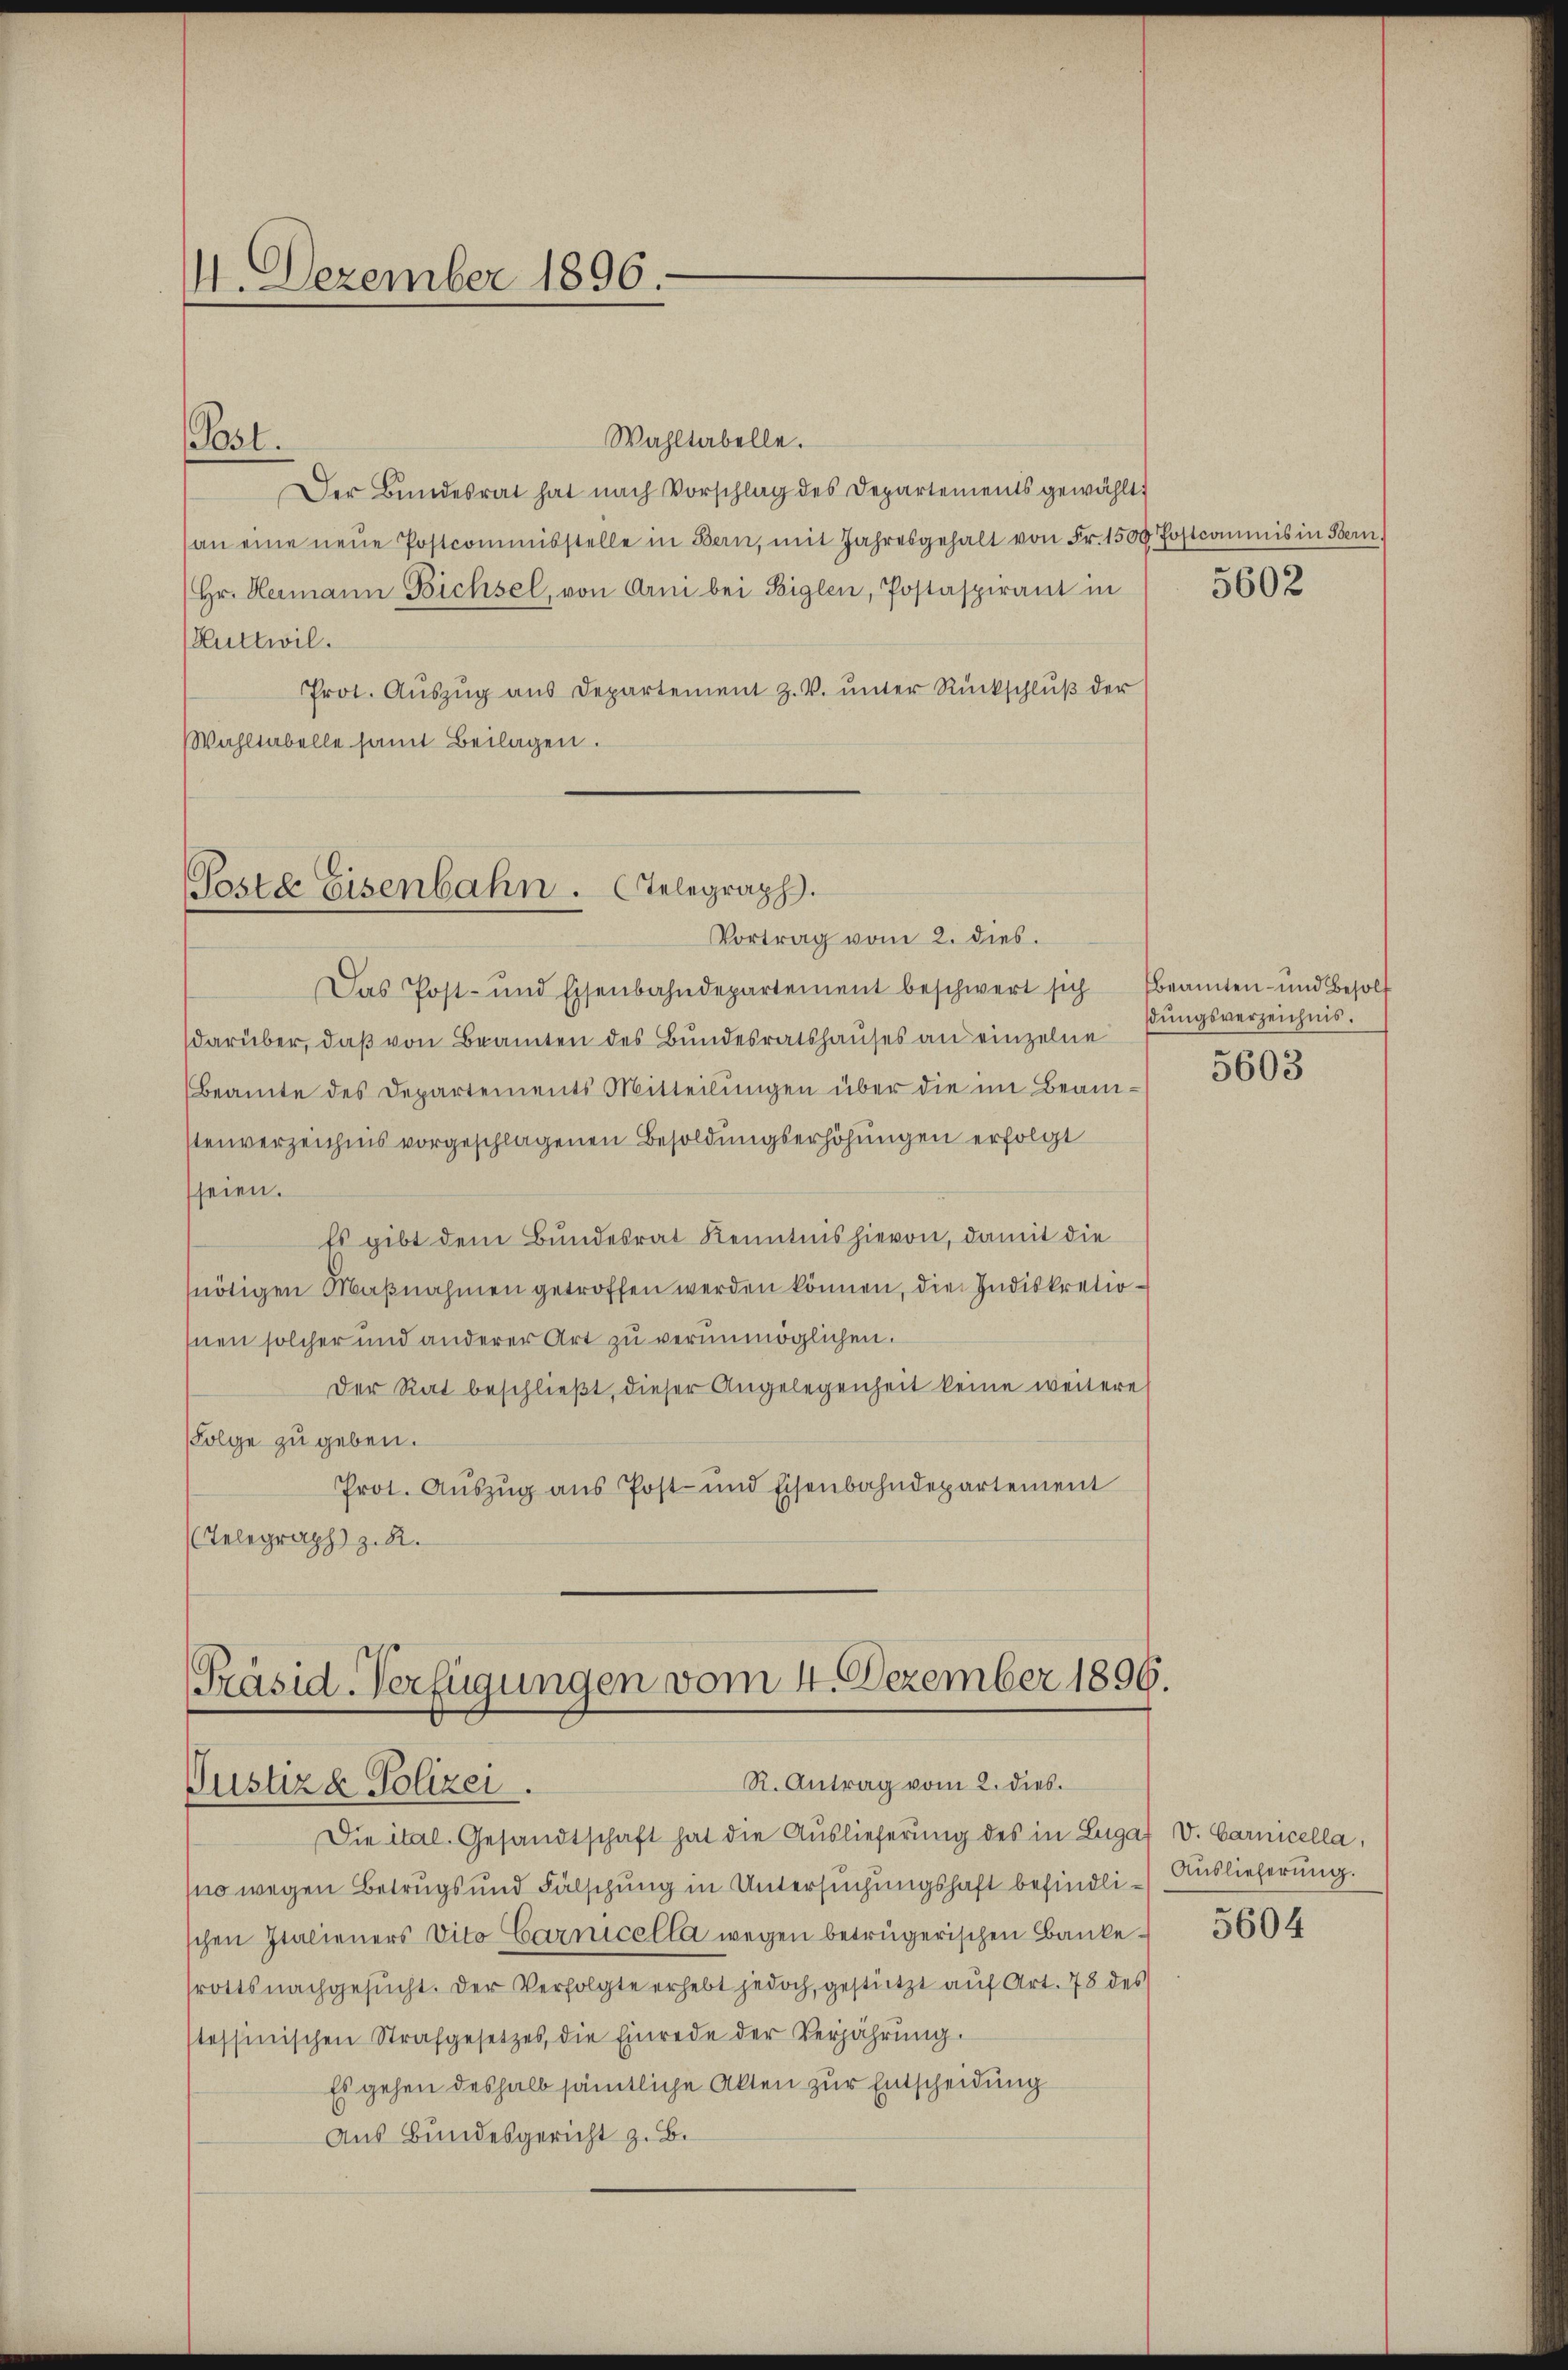
1. Dezember 1896.

Wahltabelle.
Der Bundesrat hat nach Vorschlag des Departements gewählt:
an eine neŭe Postcommisstelle in Bern, mit Jahresgehalt von Fr. 1500 Postcommis in Bern,
Hr. Hermann Bichsel, von Arni bei Biglen, Postaspirant in
Huttwil
Prot. Aŭszŭg aŭs Departement Z. V. ŭnter Rückschlŭβ der
Wahltabelle samt Beilagen.

(Post.

Poste Eisenbahn. Telegraph.
Vortrag vom 2. dies.

Das Post- und Eisenbahndepartement beschwert sich beamten- und Besolt
darüber, daß von Beamten des Bundesratshauses an einzelne
Beamte des Departements Mitteilungen über die im Beamstenverzeichnis vorgeschlagenen Besoldungserhöhungen erfolgt
seien.
Es gibt dem Bundesrat Kenntnis hievon, damit die
nötigen Maßnahmen getroffen werden können, die Indiskretiohnen solcher und anderer Art zu verunmöglichen.
Der Rat beschlieβt, dieser Angelegenheit keine weitere
Folge zu geben.
Prot. Aŭszŭg ans Post- und Eisenbahndepartement
Telegraph z. B.

Präsid-Verfügungen vom 4. Dezember 1896.
R. Antrag vom 2. dies
Justizd Polizei.

5602

Die ital. Gesandtschaft hat die Auslieferung des in Lugat V. Cancella,
no wegen Betrugs und Fälschung in Untersuchungshaft befindli-Auslieferung.
schen Italieners Vito Garnicella wegen betrügerischen Bankerottsnachgesŭcht. Der Verfolgte erhebt jedoch, gestützt aŭf Art. 78 des
stessinischen Strafgesetzes, die Einrede der Verjährŭng.
Es gehen deshalb sämtliche Akten zur Entscheidung
Aus Bundesgericht z. B.

dungsverzeichnis.
5603

5604